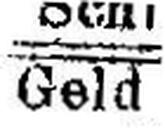
Geld